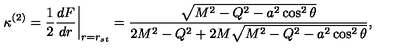
\left. \kappa ^ { ( 2 ) } = \frac { 1 } { 2 } \frac { d F } { d r } \right| _ { r = r _ { s t } } = \frac { \sqrt { M ^ { 2 } - Q ^ { 2 } - a ^ { 2 } \cos ^ { 2 } \theta } } { 2 M ^ { 2 } - Q ^ { 2 } + 2 M \sqrt { M ^ { 2 } - Q ^ { 2 } - a ^ { 2 } \cos ^ { 2 } \theta } } ,